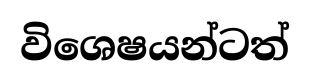
විශෙෂයන්ටත්